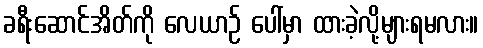
ခရီးဆောင်အိတ်ကို လေယာဉ် ပေါ်မှာ ထားခဲ့လို့များရမလား။